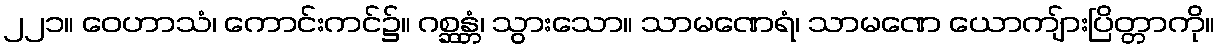
၂၂၁။ ဝေဟာသံ၊ ကောင်းကင်၌။ ဂစ္ဆန္တံ၊ သွားသော။ သာမဏေရံ၊ သာမဏေ ယောကျ်ားပြိတ္တာကို။